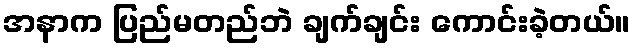
အနာက ပြည်မတည်ဘဲ ချက်ချင်း ကောင်းခဲ့တယ်။